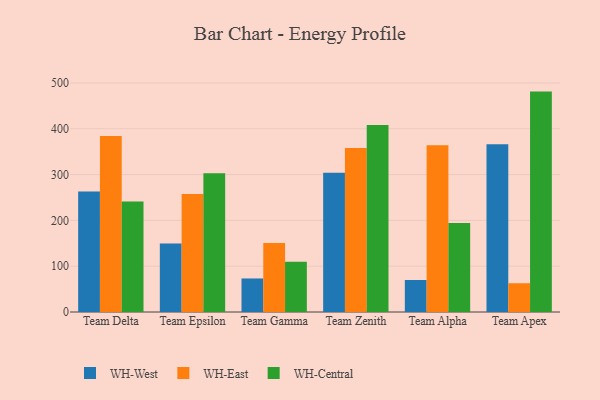
{"axis": {"x": "Team", "y": "Revenue (USD Million)"}, "legend": ["WH-Central", "WH-East", "WH-West"], "data": [{"x": "Team Delta", "y": 263.3, "type": "WH-West"}, {"x": "Team Delta", "y": 384.3, "type": "WH-East"}, {"x": "Team Delta", "y": 241.2, "type": "WH-Central"}, {"x": "Team Epsilon", "y": 149.5, "type": "WH-West"}, {"x": "Team Epsilon", "y": 257.5, "type": "WH-East"}, {"x": "Team Epsilon", "y": 302.6, "type": "WH-Central"}, {"x": "Team Gamma", "y": 73.2, "type": "WH-West"}, {"x": "Team Gamma", "y": 150.8, "type": "WH-East"}, {"x": "Team Gamma", "y": 109.8, "type": "WH-Central"}, {"x": "Team Zenith", "y": 304.2, "type": "WH-West"}, {"x": "Team Zenith", "y": 357.8, "type": "WH-East"}, {"x": "Team Zenith", "y": 408.2, "type": "WH-Central"}, {"x": "Team Alpha", "y": 69.9, "type": "WH-West"}, {"x": "Team Alpha", "y": 364.1, "type": "WH-East"}, {"x": "Team Alpha", "y": 194.1, "type": "WH-Central"}, {"x": "Team Apex", "y": 366.4, "type": "WH-West"}, {"x": "Team Apex", "y": 62.8, "type": "WH-East"}, {"x": "Team Apex", "y": 481.1, "type": "WH-Central"}]}